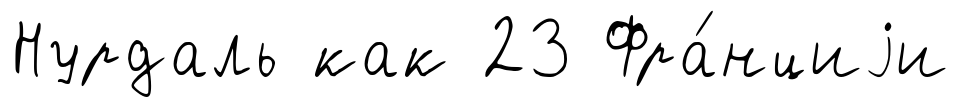
Нурдаль как 23 Фра́нциjи